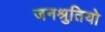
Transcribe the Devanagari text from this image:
जनश्रुतियो